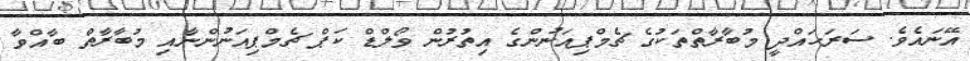
އޭނައެވެ. ސަރަހައްދީ މުބާރާތްތަކުގެ ޗެމްޕިއަނުންގެ އިތުރުން ވޯލްޑް ކަޕް ޗެމްޕިއަނުންނާއި މުބާރާތް ބާއްވާ